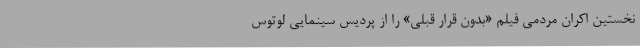
نخستین اکران مردمی فیلم «بدون قرار قبلی» را از پردیس سینمایی لوتوس